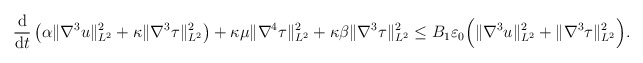
\begin{align*} & \frac{\mathrm{d}}{\mathrm{d}t}\left(\alpha\|\nabla^3u\|_{L^2}^2+\kappa\|\nabla^3\tau\|_{L^2}^2\right) +\kappa\mu\|\nabla^4\tau\|_{L^2}^2+\kappa\beta\|\nabla^3\tau\|_{L^2}^2 \leq B_1\varepsilon_0 \Big( \|\nabla^3 u \|_{L^2}^2 + \|\nabla^3 \tau \|_{L^2}^2\Big). \end{align*}